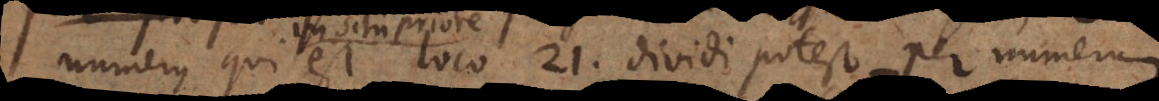
numerus qui est loco 21, dividi potest per numerum